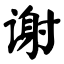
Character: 谢